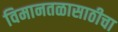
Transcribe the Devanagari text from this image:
विमानतळासाठीचा